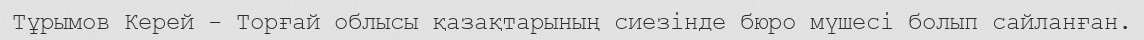
Тұрымов Керей - Торғай облысы қазақтарының сиезінде бюро мүшесі болып сайланған.